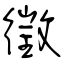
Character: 徵